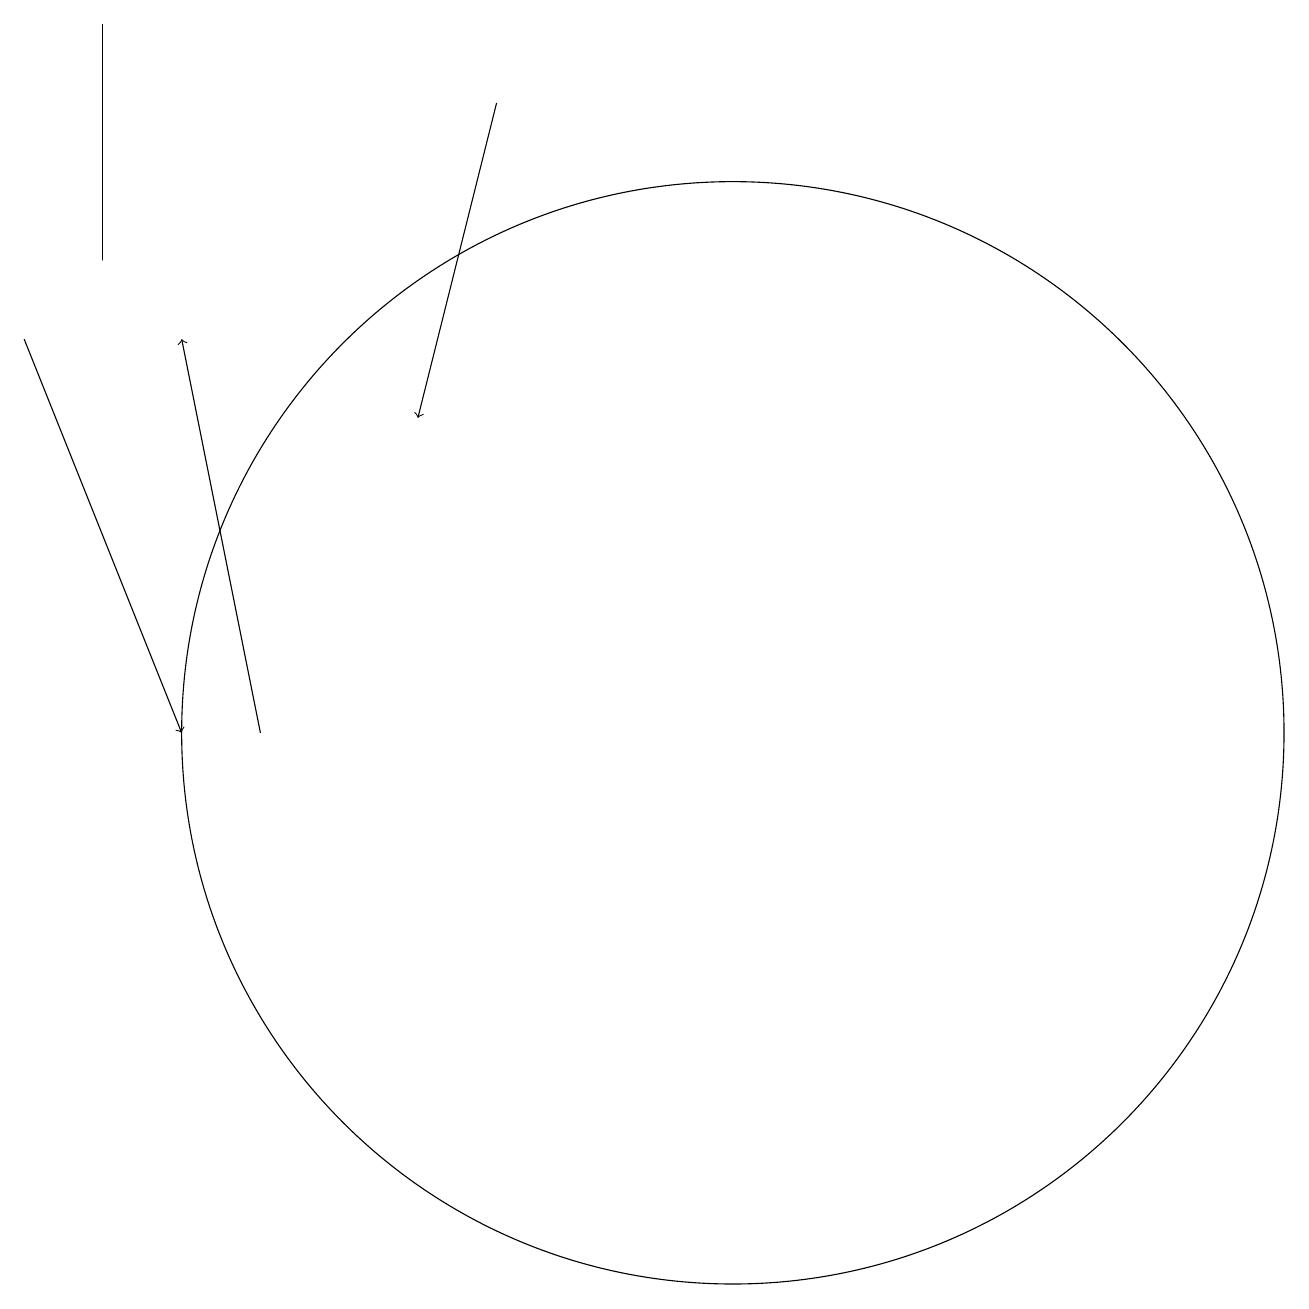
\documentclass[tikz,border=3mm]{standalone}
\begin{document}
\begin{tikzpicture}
\draw[->] (4,10) -- (3,15);
\draw[->] (7,18) -- (6,14);
\draw (2,19) rectangle (2,16);
\draw[->] (1,15) -- (3,10);
\draw (10,10) circle (7);
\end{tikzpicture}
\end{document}